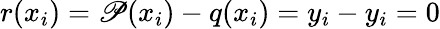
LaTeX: r(x_{i})=\mathscr{P}(x_{i})-q(x_{i})=y_{i}-y_{i}=0